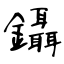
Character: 鑷